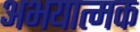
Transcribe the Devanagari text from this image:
अभयात्मक